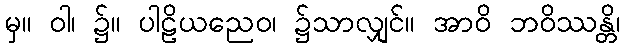
မှ။ ဝါ၊ ၌။ ပါဠိယညေဝ၊ ၌သာလျှင်။ အာဝိ ဘဝိဿန္တိ၊